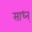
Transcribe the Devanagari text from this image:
साध्न्